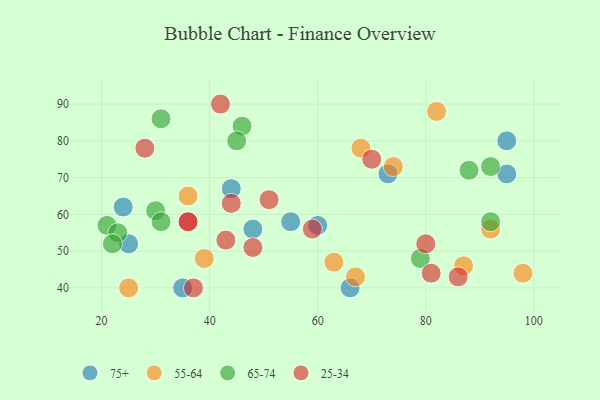
{"axis": {"x": "GDP", "y": "Life Expectancy"}, "legend": ["25-34", "55-64", "65-74", "75+"], "data": [{"x": "55", "y": 58, "type": "75+"}, {"x": "66", "y": 40, "type": "75+"}, {"x": "48", "y": 56, "type": "75+"}, {"x": "95", "y": 80, "type": "75+"}, {"x": "60", "y": 57, "type": "75+"}, {"x": "44", "y": 67, "type": "75+"}, {"x": "25", "y": 52, "type": "75+"}, {"x": "95", "y": 71, "type": "75+"}, {"x": "35", "y": 40, "type": "75+"}, {"x": "24", "y": 62, "type": "75+"}, {"x": "73", "y": 71, "type": "75+"}, {"x": "87", "y": 46, "type": "55-64"}, {"x": "68", "y": 78, "type": "55-64"}, {"x": "98", "y": 44, "type": "55-64"}, {"x": "67", "y": 43, "type": "55-64"}, {"x": "39", "y": 48, "type": "55-64"}, {"x": "36", "y": 65, "type": "55-64"}, {"x": "74", "y": 73, "type": "55-64"}, {"x": "25", "y": 40, "type": "55-64"}, {"x": "82", "y": 88, "type": "55-64"}, {"x": "92", "y": 56, "type": "55-64"}, {"x": "63", "y": 47, "type": "55-64"}, {"x": "46", "y": 84, "type": "65-74"}, {"x": "79", "y": 48, "type": "65-74"}, {"x": "45", "y": 80, "type": "65-74"}, {"x": "88", "y": 72, "type": "65-74"}, {"x": "30", "y": 61, "type": "65-74"}, {"x": "21", "y": 57, "type": "65-74"}, {"x": "23", "y": 55, "type": "65-74"}, {"x": "92", "y": 58, "type": "65-74"}, {"x": "92", "y": 73, "type": "65-74"}, {"x": "31", "y": 86, "type": "65-74"}, {"x": "31", "y": 58, "type": "65-74"}, {"x": "22", "y": 52, "type": "65-74"}, {"x": "44", "y": 63, "type": "25-34"}, {"x": "36", "y": 58, "type": "25-34"}, {"x": "80", "y": 52, "type": "25-34"}, {"x": "70", "y": 75, "type": "25-34"}, {"x": "81", "y": 44, "type": "25-34"}, {"x": "28", "y": 78, "type": "25-34"}, {"x": "36", "y": 58, "type": "25-34"}, {"x": "48", "y": 51, "type": "25-34"}, {"x": "51", "y": 64, "type": "25-34"}, {"x": "59", "y": 56, "type": "25-34"}, {"x": "86", "y": 43, "type": "25-34"}, {"x": "37", "y": 40, "type": "25-34"}, {"x": "43", "y": 53, "type": "25-34"}, {"x": "42", "y": 90, "type": "25-34"}]}